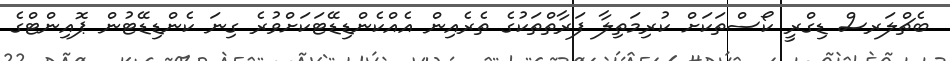
ބެޗްލަރސް ޑިގްރީ ކޯސްތަކަށް ކުރިމަތިލާ ފަރާތްތަކުގެ ތެރެއިން އެއްކެންޑިޑޭޓަކަށްވުރެ ގިނަ ކެންޑިޑޭޓުން ޕޮއިންޓްގެ